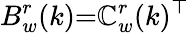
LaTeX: B_{w}^{r}(k){=}\mathbb{C}_{w}^{r}(k)^{\top}